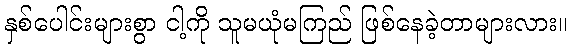
နှစ်ပေါင်းများစွာ ငါ့ကို သူမယုံမကြည် ဖြစ်နေခဲ့တာများလား။